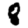
Digit: 8